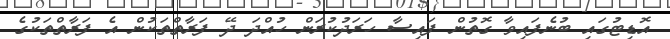
އޮޑިޓުގައި ބުނެފައިވާ ގޮތުން ފައިސާ ހަރަދުކުރަން ހުއްދަ ދޭ ފަރާތްތަކުން އެ ފަރާތްތަކުގެ